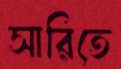
সারিতে